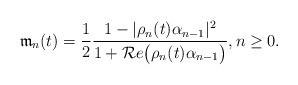
LaTeX: \begin{align*} \mathfrak{m}_{n}(t) = \frac{1}{2} \frac{1 - |\rho_{n}(t) \alpha_{n-1}|^2}{1 + \mathcal{R}e\big( \rho_{n}(t) \alpha_{n-1}\big)}, n \geq 0.\end{align*}